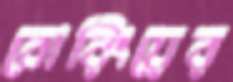
বোরিংয়ের